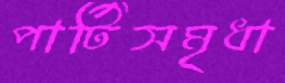
পার্টিসমৃধা